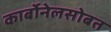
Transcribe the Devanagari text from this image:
कार्बोनेलसोबत